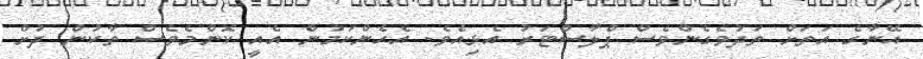
އޭނާގެ އަތަށް ތަދުވެގެންވެސް ޕްލާސްޓަރު އެޅިއެވެ. އެހެންކަމުން އެއީ ކޮންމެވެސް ތާކުން ދުށް